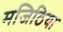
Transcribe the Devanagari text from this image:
मजिठिया